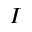
I